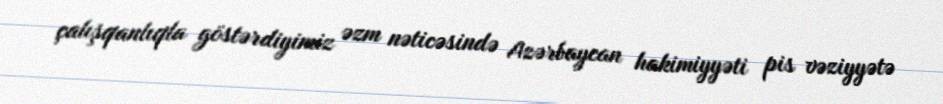
çalışqanlıqla göstərdiyimiz əzm nəticəsində Azərbaycan hakimiyyəti pis vəziyyətə